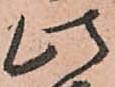
此